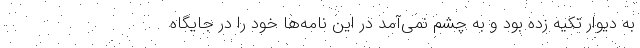
به دیوار تکیه زده بود و به چشم نمی‌آمد در این نامه‌ها خود را در جایگاه